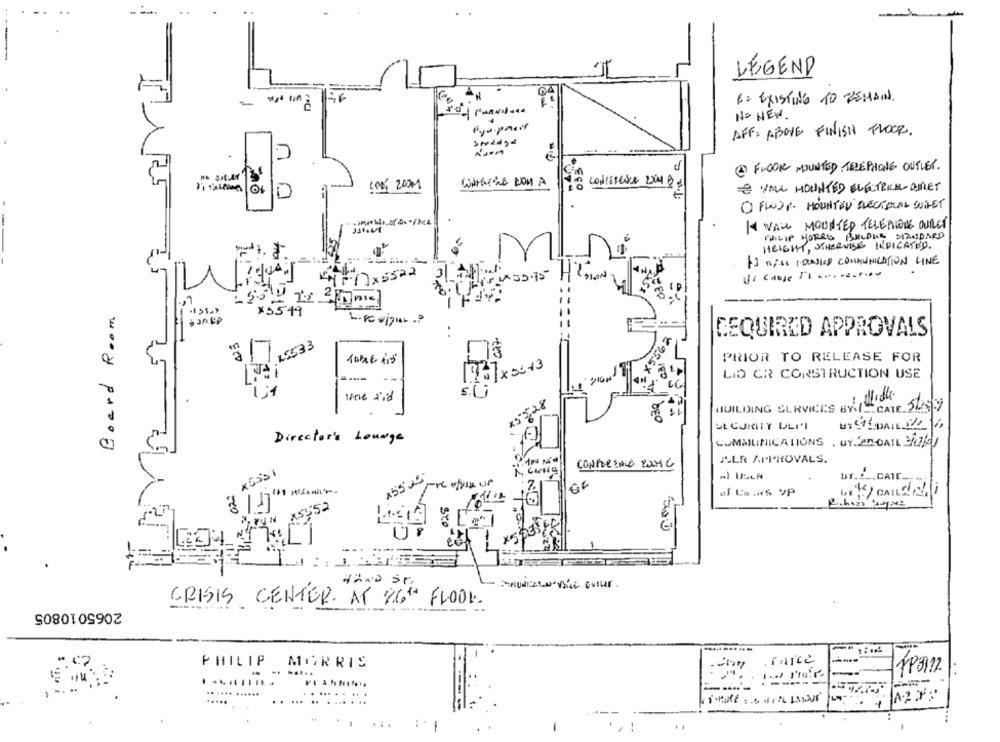
- ---
.
--
LEGEND
6: EXISTING TO REMAIN.
NO NEW .
AFF: ABOVE FINISH FLOOR.
@ FLOOR MOUNTED TELEPHONE OUTLET.
COD 200M
WASILE COM A
D
& WALL MOUNTED ELECTRICAL-OMMET
O FINDE HOUNTAU ELECTORAL SITET
14 WALL MOUNTED TELEPHONE OUTLET
PHILIP MORRIS BUILDING STANDARD
HEIGHT, OTHERWISE INDICATED.
AS WELL TOASKS COMMUNICATION LINE
di Camje TI ... . 2.t ...
4517x 5522
4:00× 35.75 HRSLow
Board Room.
x5549
L.PO vijul .?
REQUIRED APPROVALS
19533
PRIOR TO RELEASE FOR
X3+3
--
LID CR CONSTRUCTION USE
S.(
x$5,28
BUILDING SERVICES BY SE
CATE Sta5/9
bro
Director's Lounge
COMMUNICATIONS . BYTE DATE 34/4/
JLR APPROVALS.
CONFERENCE 20MG
BY.2 __ CATE.
x55
GE
of Usins VP
=00
155:52
*5 033/
HAND SE
CRISIS CENTER AT 26TH FLOOR.
2065010805
PHILIP
MORRIS
... .. ..
A.2 X :
... .. . ......
-
-